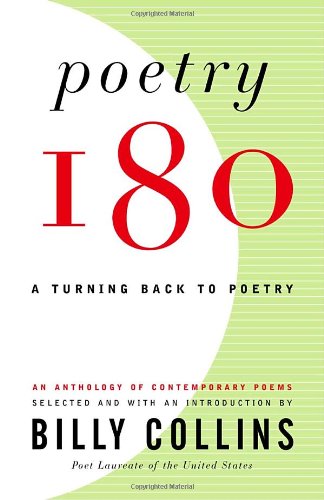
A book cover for Poetry 180: A Turning Back to Poetry; Literature & Fiction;